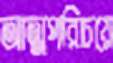
আত্মপরিচয়ে